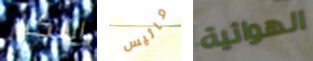
التكرار ماثيس الهوائية